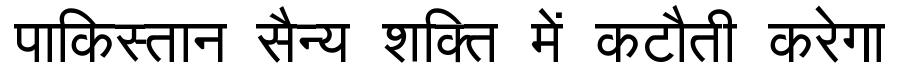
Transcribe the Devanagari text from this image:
पाकिस्तान सैन्य शक्ति में कटौती करेगा